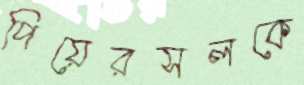
পিয়েরসলকে